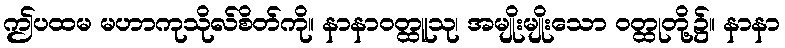
ဤပထမ မဟာကုသိုလ်စိတ်ကို။ နာနာဝတ္ထူသု၊ အမျိုးမျိုးသော ဝတ္ထုတို့၌။ နာနာ